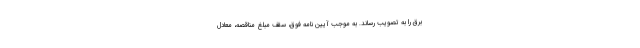
برق را به تصویب رساند. به موجب آیین نامه فوق، سقف مبلغ مناقصه، معادل